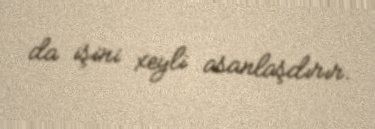
da işini xeyli asanlaşdırır.